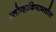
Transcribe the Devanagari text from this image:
स्लोव्हाकियामधील